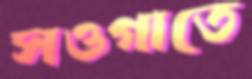
সওগাতে